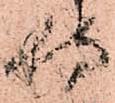
侍